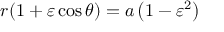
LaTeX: r ( 1 + \varepsilon \cos \theta ) = a \left( 1 - \varepsilon ^ { 2 } \right)